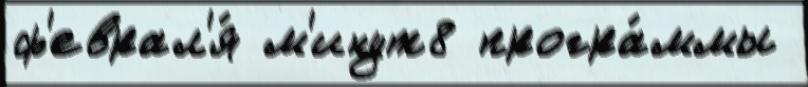
ф'еврал'я́ м'инут8 програ́ммы